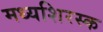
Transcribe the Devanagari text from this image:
मध्यशिरस्क